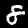
Digit: 8